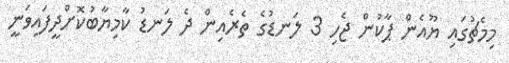
މިމެޗުގައި ޔޫއެން ޕާކުން ޖެހި 3 ލަނޑުގެ ތެރެއިން ދެ ލަނޑު ކާމިޔާބުކޮށްދީފައިވަނީ